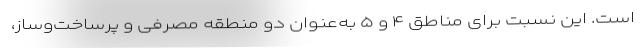
است. این نسبت برای مناطق ۴ و ۵ به‌عنوان دو منطقه مصرفی و پرساخت‌وساز،